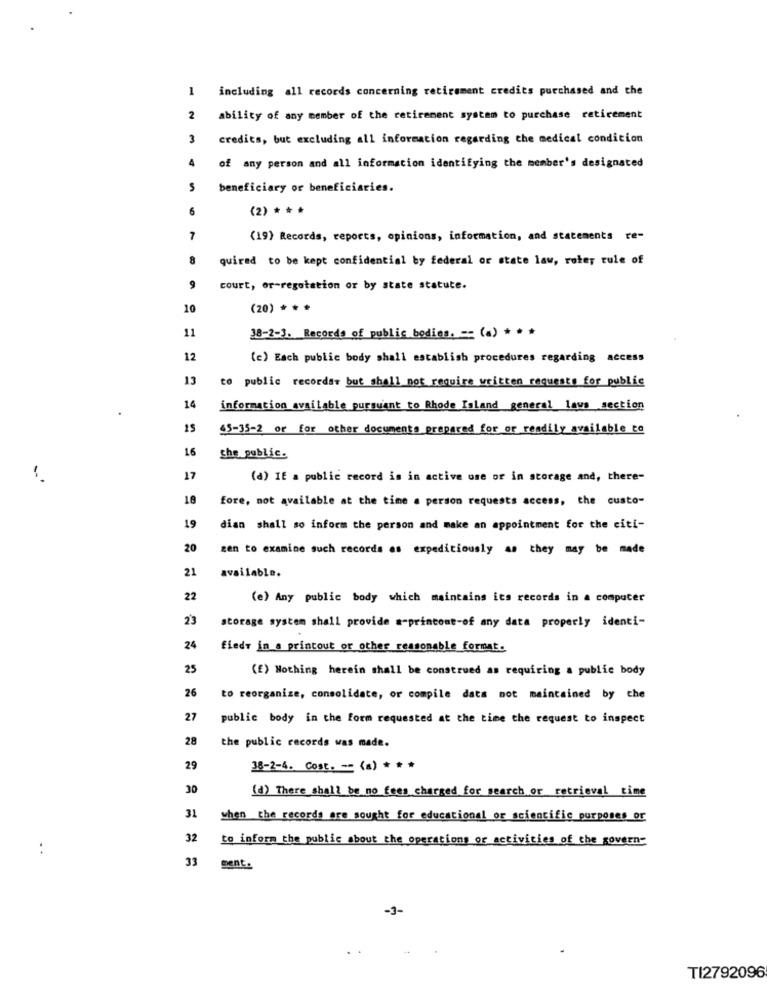
1
including all records concerning retirement credits purchased and the
2
ability of any member of the retirement system to purchase retirement
3
credits, but excluding all information regarding the medical condition
4
of any person and all information identifying the member's designated
S
beneficiary or beneficiaries.
6
(2) * * *
7
(19) Records, reports, opinions, information, and statements re-
8
quired to be kept confidential by federal or state law, roter rule of
9
court, or-regotation or by state statute.
10
(20) * * *
11
38-2-3. Recorda of public bodies. = (a) * * *
12
(c) Each public body shall establish procedures regarding access
13
to public recordar but shall not require written requests for public
14
information available pursuant to Rhode Island general laws section
15
45-35-2 or for other documents prepared for or readily available to
16
che public.
17
(d) IE a public record is in active use or in storage and, there-
18
fore, not available at the time a person requests access, the custo-
19
dian shall so inform the person and make an appointment for the citi-
20
zen to examine such records as expeditiously as they may be made
21
available.
22
(e) Any public body which maintains its records in a computer
23
storage system shall provide a-printout-of any data properly identi-
24
fiedy in a printout or other reasonable format.
25
(E) Nothing herein shall be construed as requiring a public body
26
to reorganize, consolidate, or compile data mot maintained by the
27
public body in the form requested at the time the request to inspect
28
the public records was made.
29
38-2-4. Cost. - (a) * * *
30
(d) There_shall be no fees charged for search or retrieval time
31
when the records are sought for educational or scientific purposes or
32
to inform the public about the operations of activities of the govern-
..
33
cent.
-3-
TI2792096